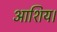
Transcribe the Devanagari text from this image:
आशिय।